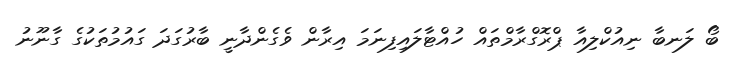
ބޯ ލަނބާ ނިއުކްލިއާ ޕްރޮގްރާމްތައް ހުއްޓާލައިފިނަމަ އިރާން ވެގެންދާނީ ބާރުގަދަ ގައުމުތަކުގެ ގާނޫނު